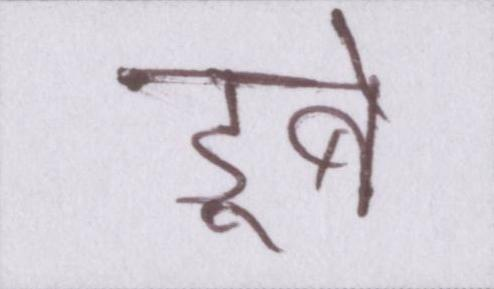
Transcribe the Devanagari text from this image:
डूबे